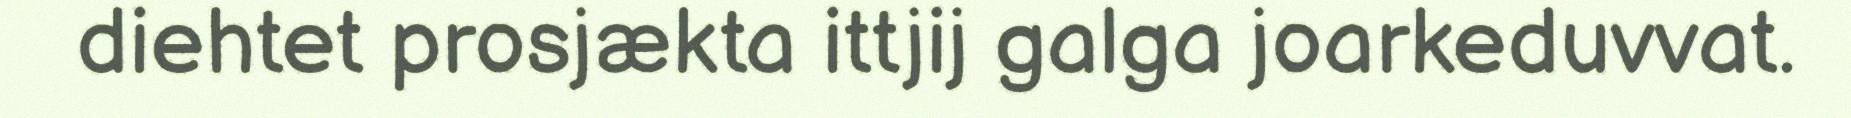
diehtet prosjækta ittjij galga joarkeduvvat.